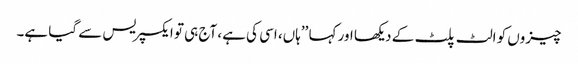
چیزوں کو الٹ پلٹ کے دیکھا اور کہا ’’ہاں، اسی کی ہے، آج ہی تو ایکسپریس سے گیا ہے۔